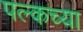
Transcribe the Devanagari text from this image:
पल्कच्या